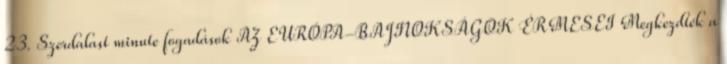
23. Szerdalast minute fogadások AZ EURÓPA-BAJNOKSÁGOK ÉRMESEI Megkezdték a